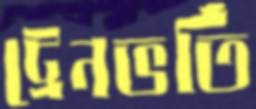
ট্রেনভর্তি